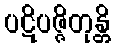
ပဋိပဇ္ဇိတုန္တိ